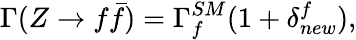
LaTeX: \Gamma(Z\rightarrow f{\bar{f}})=\Gamma_{f}^{SM}(1+\delta_{new}^{f}),